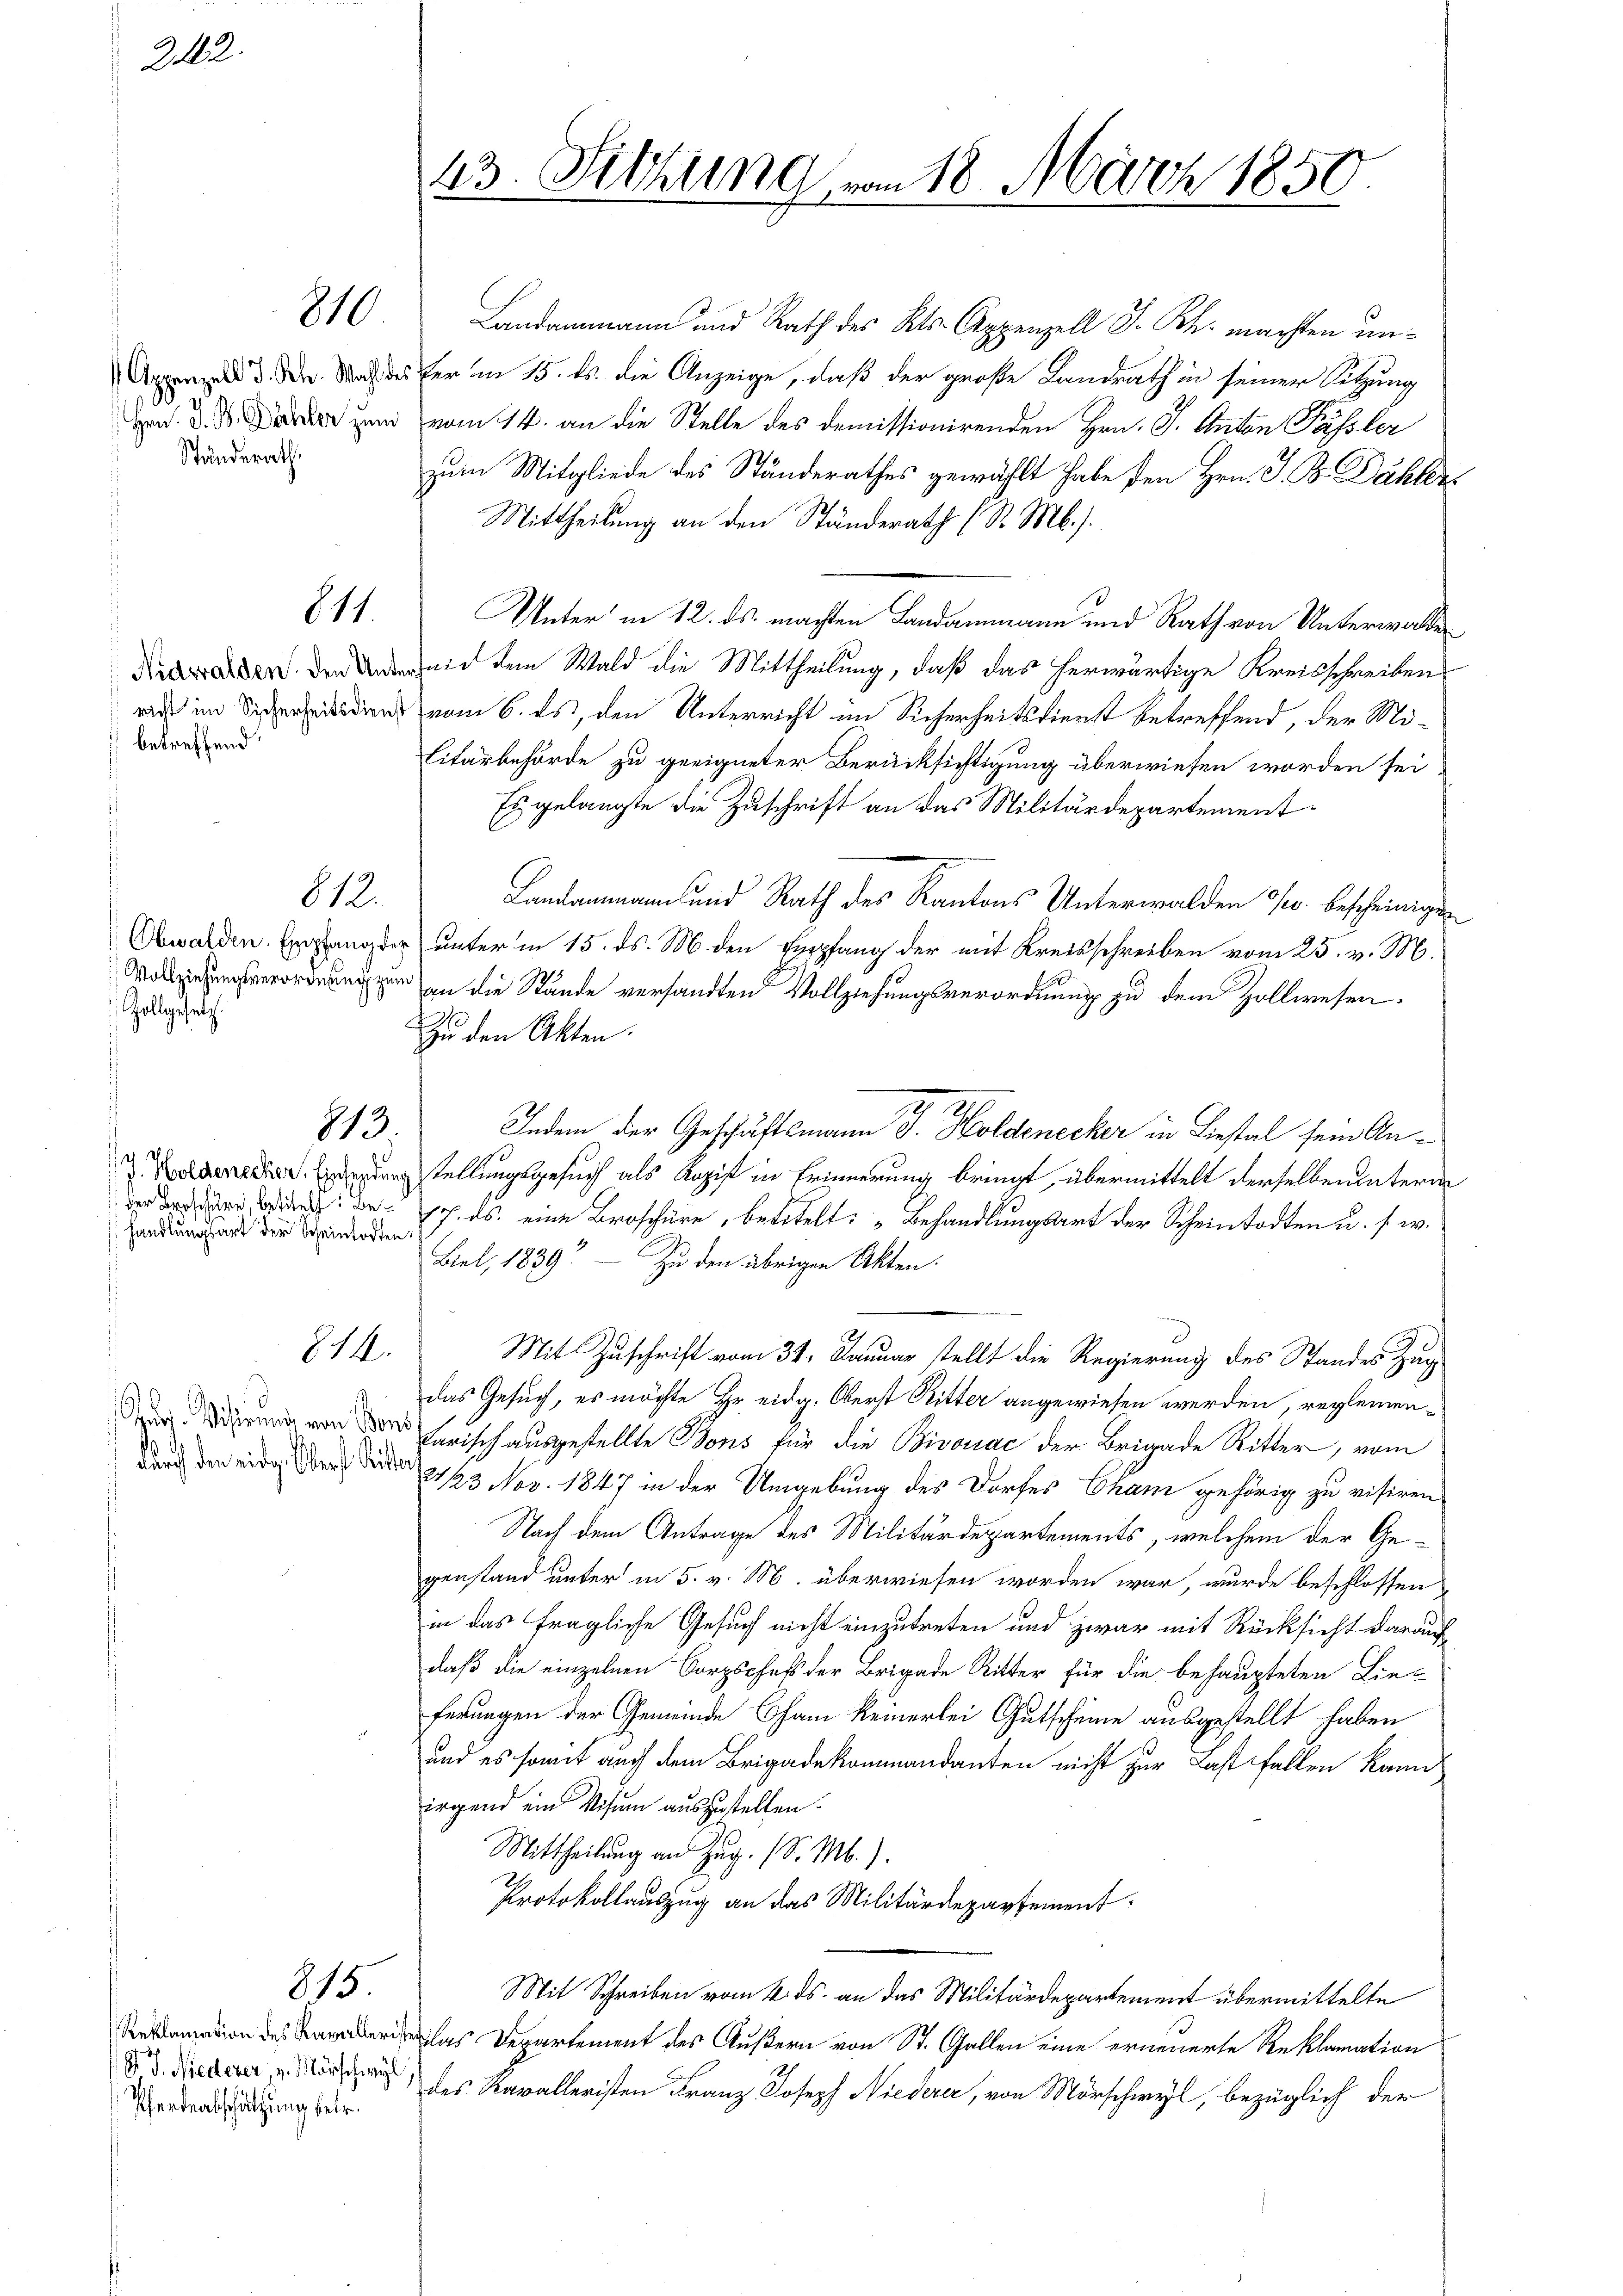
212.

Ständerath,

812.
 Zollgesetz

handlungsart der Scheintodten.

810

811.

betreffend.

815.

813

§.14.

Pferdentschätzung betr.

43. Fettung vom 18. März 1850.
e

Indem der Geschäftsmann J. Holdenecker in Liestal sein An¬

Landammann und Rath des Kts. Appenzell S. Rh. machten un¬
Appenzell d. den Nach des er im 15. ds. die Anzeige, daß der große Landrath in seiner Sitzung
. d. d. zum vom 14. an die Stelle des demissionirenden Hrn. J. Anton Pässler
zum Mitgliede des Ständerathes gewählt habe den Hrn. J. B. Dähler
Mittheilung an den Ständerath (S. Mb.).
Unter in 12. ds. machten Landammann und Rath von Unterwalte
Nidwalden den mit dem Wald die Mittheilung, daß das herwärtige Kreisschreiben
din vom 6. ds, den Unterricht im Sicherheitsdienst betreffend, der Mi¬
Litärbehörde zu geeigneter Berücksichtigung überwiesen worden sei
Es gelangte die Zuschrift an das Militärdepartement¬
Landammann und Rath des Kantons Unterwalden J. bescheinigen
Obwalden Erlang der unter in 15. ds. M. den Empfang der mit Kreisschreiben vom 25. v. M.
o an die Stände versandten Vollziehungsverordnung zu dem Zollwesen.
Zu den Akten.
 Engstellungsgesuch als Razif in Erinnerung bringt, übermittelt derselben unterm
de bei der in den 17. ds. eine Broschüre, betitelt: „Behandlungsart der Scheintodten u. s. w.
Biel, 1839. — Zu den übrigen Akten.
Mit Zuschrift vom 31. Januar stellt die Regierung des Standes Ha
das Gesuch, es möchte Hr. eidg. Oberst Ritter angewiesen werden, reglemenvon derisch ausgestellte Bons für die Bivouac der Brigade Ritter, vom
durch den eide der Juden 123 Nov. 1847 in der Umgebung des Dorfes Cham gehörig zu visiren
Nach dem Antrage des Militärdepartements, welchem der Gegenstand unter in 5. v. M. überwiesen worden war, wurde beschlossen
in das fragliche Gesuch nicht einzutreten und zwar mit Rücksicht darauf
daß die einzelnen Corpschets der Brigade Ritter für die behaupteten Lie-
ferungen der Gemeinde Cham keinerlei Gutscheine ausgestellt haben
und es somit auch dem Brigadekommandanten nicht zur Last fallen kann
irgend ein Visum auszustellen.
Mittheilung an Zug. (S. M.).
Protokollauszug an das Militärdepartement
Mit Schreiben vom 4. ds. an das Militärdepartement übermittelte
eas Departement des Äußern von St. Gallen eine erneuerte Reklamation
 . Diederer in des Kavalleristen Franz Joseph Niederer, von Mörschwyl, bezüglich der